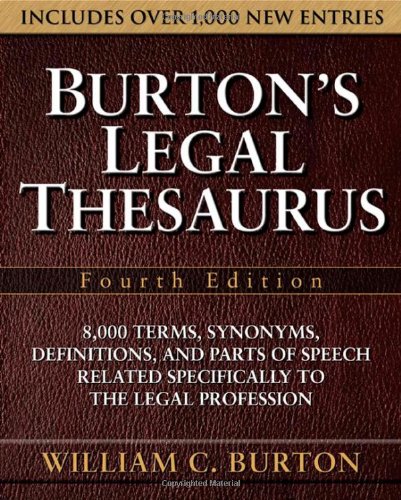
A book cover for Burton's Legal Thesaurus, Fourth Edition; William Burton; Reference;